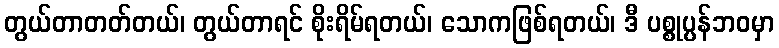
တွယ်တာတတ်တယ်၊ တွယ်တာရင် စိုးရိမ်ရတယ်၊ သောကဖြစ်ရတယ်၊ ဒီ ပစ္စုပ္ပန်ဘဝမှာ